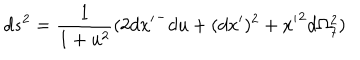
d s ^ { 2 } = \frac { 1 } { 1 + u ^ { 2 } } ( 2 { d x ^ { \prime } } ^ { - } d u + ( d x ^ { \prime } ) ^ { 2 } + { x ^ { \prime } } ^ { 2 } d \Omega _ { 7 } ^ { 2 } )